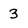
Character: 3